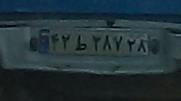
۴۲ط۳۸۷۲۸